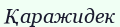
Қаражидек